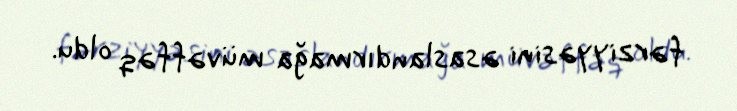
fərziyyəsini əsaslandırmağa müvəffəq oldu.